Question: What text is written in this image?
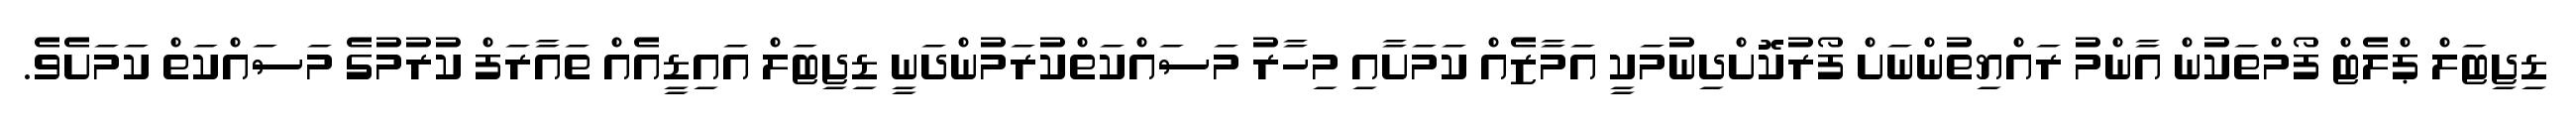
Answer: ޑިޖިޓަލް ޕްލެޓް ފޯމްތަކުން އާންމު ރައްޔިތުންނަށް ފޯރުކޮށްދިނުމަކީ އަމާޒެއް ކަމަށާއި މިހާރު މަސައްކަތްކުރަމުންދަނީ ޑިޖިޓަލް އައިޑީއެއް ތައާރަފް ކުރުމުގެ މަސައްކަތް ކަމަށެވެ.